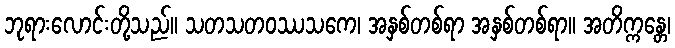
ဘုရားလောင်းတို့သည်။ သတသတဝဿသကေ၊ အနှစ်တစ်ရာ အနှစ်တစ်ရာ။ အတိက္ကန္တေ၊